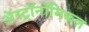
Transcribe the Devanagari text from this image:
अॅस्ट्रॉनॉमिकल